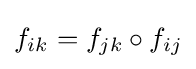
f_{ik}=f_{jk}\circ f_{ij}